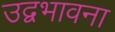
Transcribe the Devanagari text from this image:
उद्वभावना